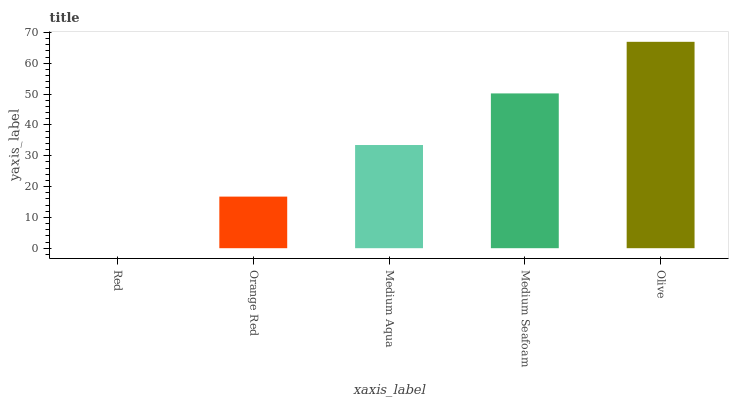
| xaxis_label | bars |
 | --- | --- |
 | Red | 0 |
 | Orange Red | 16.7 |
 | Medium Aqua | 33.5 |
 | Medium Seafoam | 50.2 |
 | Olive | 67 |